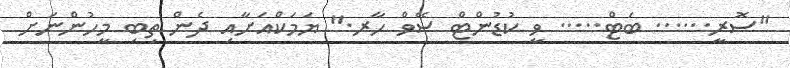
"ސޮރީ...... ބަޓް..... ވީ ކުޑުންޓް ސޭވް ހާރ." ޔަމަކްއަށާއި ދެން ތިބި މީހުންނަށް